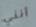
أنني